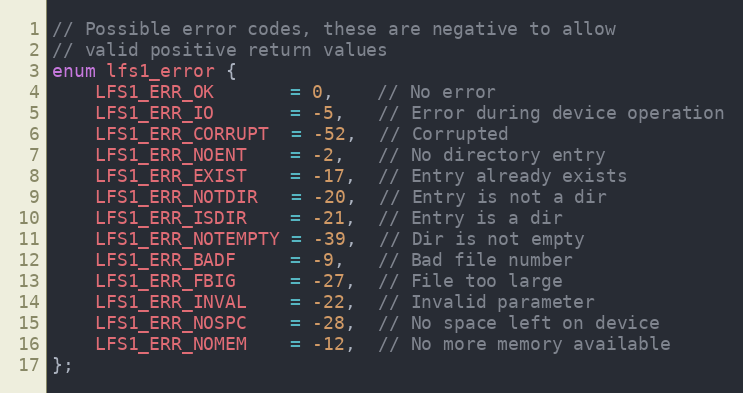
Language: C
// Possible error codes, these are negative to allow
// valid positive return values
enum lfs1_error {
    LFS1_ERR_OK       = 0,    // No error
    LFS1_ERR_IO       = -5,   // Error during device operation
    LFS1_ERR_CORRUPT  = -52,  // Corrupted
    LFS1_ERR_NOENT    = -2,   // No directory entry
    LFS1_ERR_EXIST    = -17,  // Entry already exists
    LFS1_ERR_NOTDIR   = -20,  // Entry is not a dir
    LFS1_ERR_ISDIR    = -21,  // Entry is a dir
    LFS1_ERR_NOTEMPTY = -39,  // Dir is not empty
    LFS1_ERR_BADF     = -9,   // Bad file number
    LFS1_ERR_FBIG     = -27,  // File too large
    LFS1_ERR_INVAL    = -22,  // Invalid parameter
    LFS1_ERR_NOSPC    = -28,  // No space left on device
    LFS1_ERR_NOMEM    = -12,  // No more memory available
};